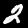
Digit: 2